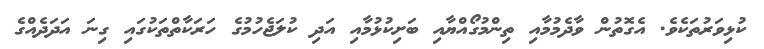
ކުޅިވަރުތަކެެވެ. އެގޮތުން ވާދެމުމާއި ތިންމުގޯއްޔާއި ބަށިކުޅުމާއި އަދި ކުލަޖެހުމުގެ ހަރަކާތްތަކުގައި ގިނަ އަދަދެއްގެ